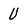
Character: U